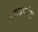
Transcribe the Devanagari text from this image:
सुक्लाफांटा